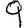
Digit: 9